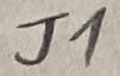
Text: J1